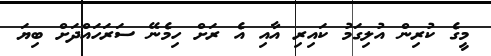
މީގެ ކުރިން އުލިގަމު ކައިރި އާއި އެ ރަށް ހިމެނޭ ސަރަހައްދަށް ބިޔަ